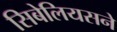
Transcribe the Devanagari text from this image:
सिबेलियसने